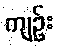
ကျဉ်း